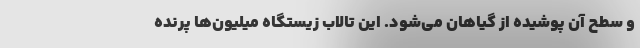
و سطح آن پوشیده از گیاهان می‌شود. این تالاب زیستگاه میلیون‌ها پرنده